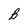
Character: B